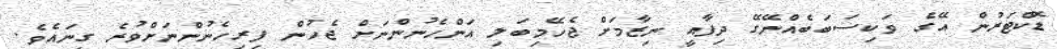
ޑޮކްޓަރުން އޭގެ ވަކިސަބަބެއްނޭގޭ ދިފާއީ ނިޒާމަށް ޖެހޭމިބަލި އަންހެނުންނަށް ޖެހުން ފިރިހެނުންނަށްވުރެ ގިނައެވެ.